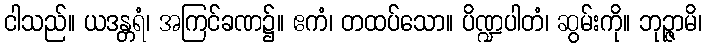
ငါသည်။ ယဒန္တရံ၊ အကြင်ခဏ၌။ ဧကံ၊ တထပ်သော။ ပိဏ္ဍပါတံ၊ ဆွမ်းကို။ ဘုဉ္ဇာမိ၊